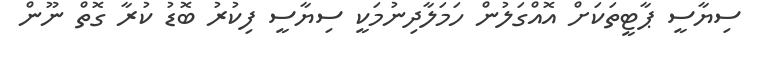
ސިޔާސީ ޕާޓީތަކަށް އޮއްގަލުން ހަމަލާދިނުމަކީ ސިޔާސީ ފިކުރު ބޮޑު ކުރާ ގޮތް ނޫން